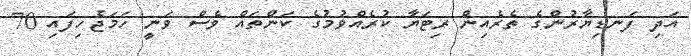
އަދި ފަނޑިޔާރުންގެ ތެރެއިން ރިޓަޔާ ކުރެއްވުމުގެ ކަންތައް ވެސް ވަނީ ހަމަޖެހިފައި 70